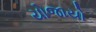
યોજાયો